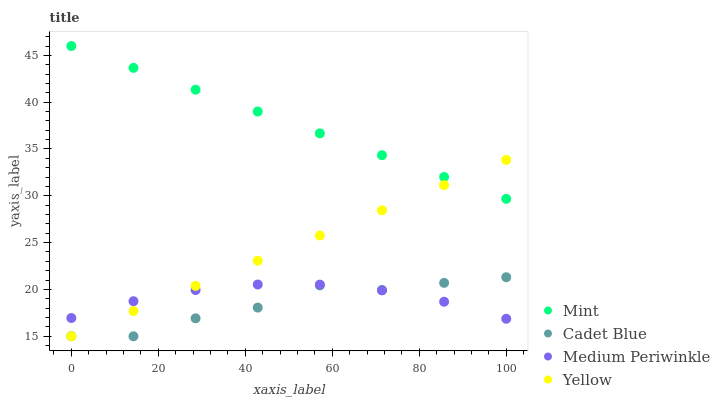
| xaxis_label | Mint | Cadet Blue | Medium Periwinkle | Yellow |
 | --- | --- | --- | --- | --- |
 | 0 | 46 | 15 | 16.9 | 15 |
 | 14.3 | 43.7 | 15 | 18.7 | 17.7 |
 | 28.6 | 41.3 | 16.9 | 19.9 | 20.4 |
 | 42.9 | 39 | 18.1 | 20.5 | 23.1 |
 | 57.1 | 36.7 | 20.4 | 20.5 | 25.8 |
 | 71.4 | 34.3 | 19.9 | 19.9 | 28.5 |
 | 85.7 | 32 | 20.7 | 18.7 | 31.1 |
 | 100 | 29.7 | 21.3 | 16.9 | 33.8 |